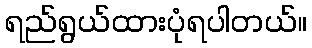
ရည်ရွယ်ထားပုံရပါတယ်။